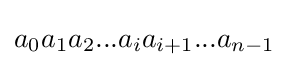
{\textstyle a_{0}a_{1}a_{2}...a_{i}a_{i+1}...a_{n-1}}